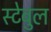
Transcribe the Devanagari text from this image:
स्टेबुल